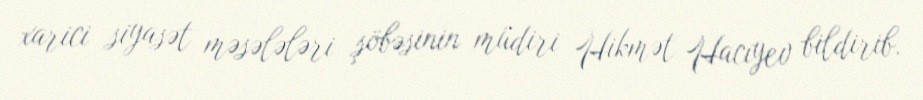
xarici siyasət məsələləri şöbəsinin müdiri Hikmət Hacıyev bildirib.